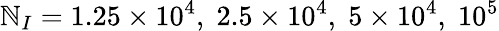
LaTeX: \mathbb{N}_{I}=1.25\times10^{4},\; 2.5\times10^{4},\; 5\times10^{4},\; 10^{5}